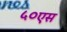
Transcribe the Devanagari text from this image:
५०एस